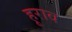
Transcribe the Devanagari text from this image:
हूराव